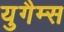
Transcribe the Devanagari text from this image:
युगैम्स